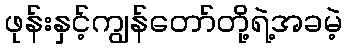
ဖုန်းနှင့်ကျွန်တော်တို့ရဲ့အခမဲ့